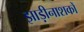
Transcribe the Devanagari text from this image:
झाड़ीनाशकों